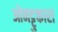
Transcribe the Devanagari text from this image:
ओनट्टुकारा